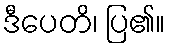
ဒီပေတိ၊ ပြ၏။